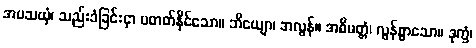
အပသယှံ၊ သည်းခံခြင်းငှာ မတတ်နိုင်သော။ ဘိယျော၊ အလွန်။ အဓိမတ္တံ၊ လွန်စွာသော။ ဒုက္ခံ၊